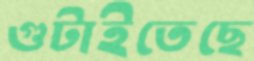
গুটাইতেছে